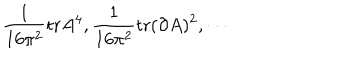
LaTeX: \frac { 1 } { 1 6 \pi ^ { 2 } } \mathrm { t r } A ^ { 4 } , \frac { 1 } { 1 6 \pi ^ { 2 } } \mathrm { t r } ( \partial A ) ^ { 2 } , \cdots